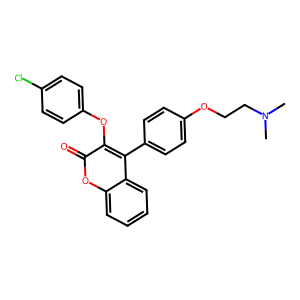
SMILES: CN(C)CCOc1ccc(-c2c(Oc3ccc(Cl)cc3)c(=O)oc3ccccc23)cc1
Inhibits HIV replication: No